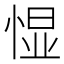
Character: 𱞯